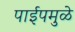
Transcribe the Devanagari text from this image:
पाईपमुळे